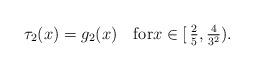
LaTeX: \begin{align*}\tau_2(x) = g_2(x)\quad\hbox{for}x\in[\,\tfrac25, \tfrac4{3^2}).\end{align*}